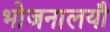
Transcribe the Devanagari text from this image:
भोजनालयौ